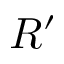
R ^ { \prime }